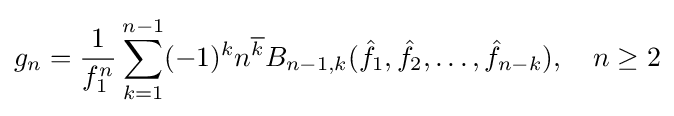
g_{n}={\frac {1}{f_{1}^{n}}}\sum _{k=1}^{n-1}(-1)^{k}n^{\overline {k}}B_{n-1,k}({\hat {f}}_{1},{\hat {f}}_{2},\ldots ,{\hat {f}}_{n-k}),\quad n\geq 2